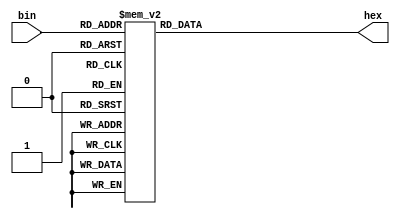
module dec_BIN_to_HEX (
	input [3:0] bin,
	output reg [6:0] hex);

	always @* begin
		case (bin)
			4'd0: 	hex <= 7'b100_0000;
			4'd1: 	hex <= 7'b111_1001;
			4'd2: 	hex <= 7'b010_0100;
			4'd3: 	hex <= 7'b011_0000;
			4'd4: 	hex <= 7'b001_1001;
			4'd5: 	hex <= 7'b001_0010;
			4'd6: 	hex <= 7'b000_0010;
			4'd7: 	hex <= 7'b111_1000;
			4'd8: 	hex <= 7'b000_0000;
			4'd9: 	hex <= 7'b001_1000;
			default: hex <= 7'b000_1110;
		endcase
	end
	
endmodule